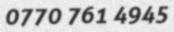
0770 761 4945